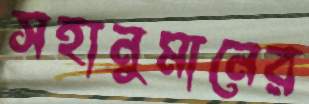
সহানুমানের